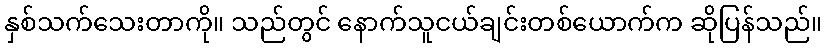
နှစ်သက်သေးတာကို။ သည်တွင် နောက်သူငယ်ချင်းတစ်ယောက်က ဆိုပြန်သည်။